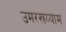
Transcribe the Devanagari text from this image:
उमरखय्याम